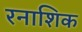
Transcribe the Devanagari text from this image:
रनाशिक